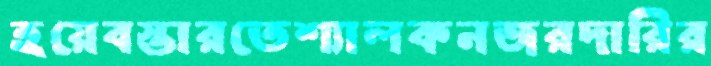
হয়েবস্তারতেশ্যালকনজরদারির